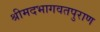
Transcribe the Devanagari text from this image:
श्रीमदभागवतपुराण